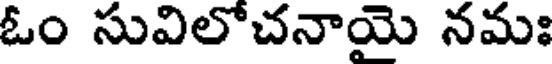
ఓం సువిలోచనాయె నమః